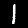
Digit: 1